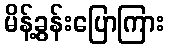
မိန့်ခွန်းပြောကြား